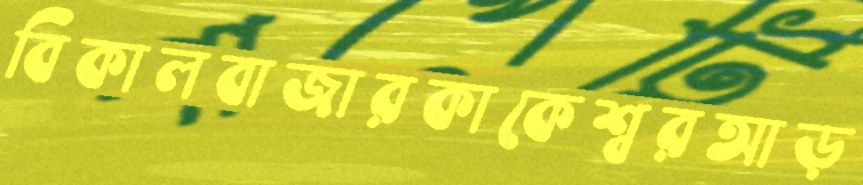
বিকালবাজারকাকেশ্বরআড়